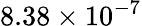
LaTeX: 8.38\times 10^{-7}